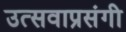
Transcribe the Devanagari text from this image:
उत्सवाप्रसंगी